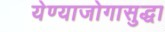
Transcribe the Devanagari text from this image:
येण्याजोगासुद्धा